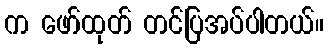
က ဖော်ထုတ် တင်ပြအပ်ပါတယ်။